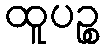
ထူပဉ္စ